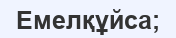
Емелқұйса;